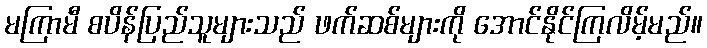
မကြာမီ စပိန်ပြည်သူများသည် ဖက်ဆစ်များကို အောင်နိုင်ကြလိမ့်မည်။